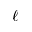
\ell